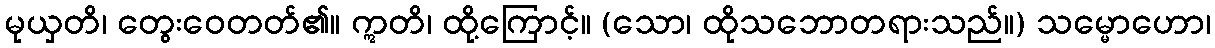
မုယှတိ၊ တွေးဝေတတ်၏။ ဣတိ၊ ထို့ကြောင့်။ (သော၊ ထိုသဘောတရားသည်။) သမ္မောဟော၊